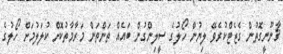
ޤާނޫނީގޮތުން ގެޒެޓްކުރެވޭ ލިޔުން ހޯލުގެ ސީލިންގުން ބައެއް ތަންތަން މަރާމާތުކޮށް ކުލަލުމަށް ހޯލުގެ